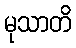
မုသာတိ